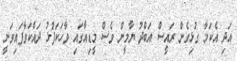
އަދި އެކަމާ ގުޅިގެން ރައީސް އަބްދު ޔާމީން ވެސް މީޑިއާގައި ވާހަކަފުޅު ދައްކަވާފައިވަނީ